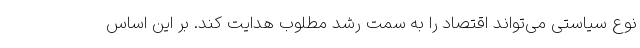
نوع سیاستی می‌تواند اقتصاد را به سمت رشد مطلوب هدایت کند. بر این اساس